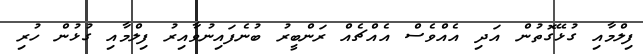
ފިލްމާއި ގުޅޭގޮތުން އަދި އެއްވެސް އެއްޗެއް ރަންބީރު ބުނެފައިނުވާއިރު ފިލްމާއި ގުޅުން ހުރި